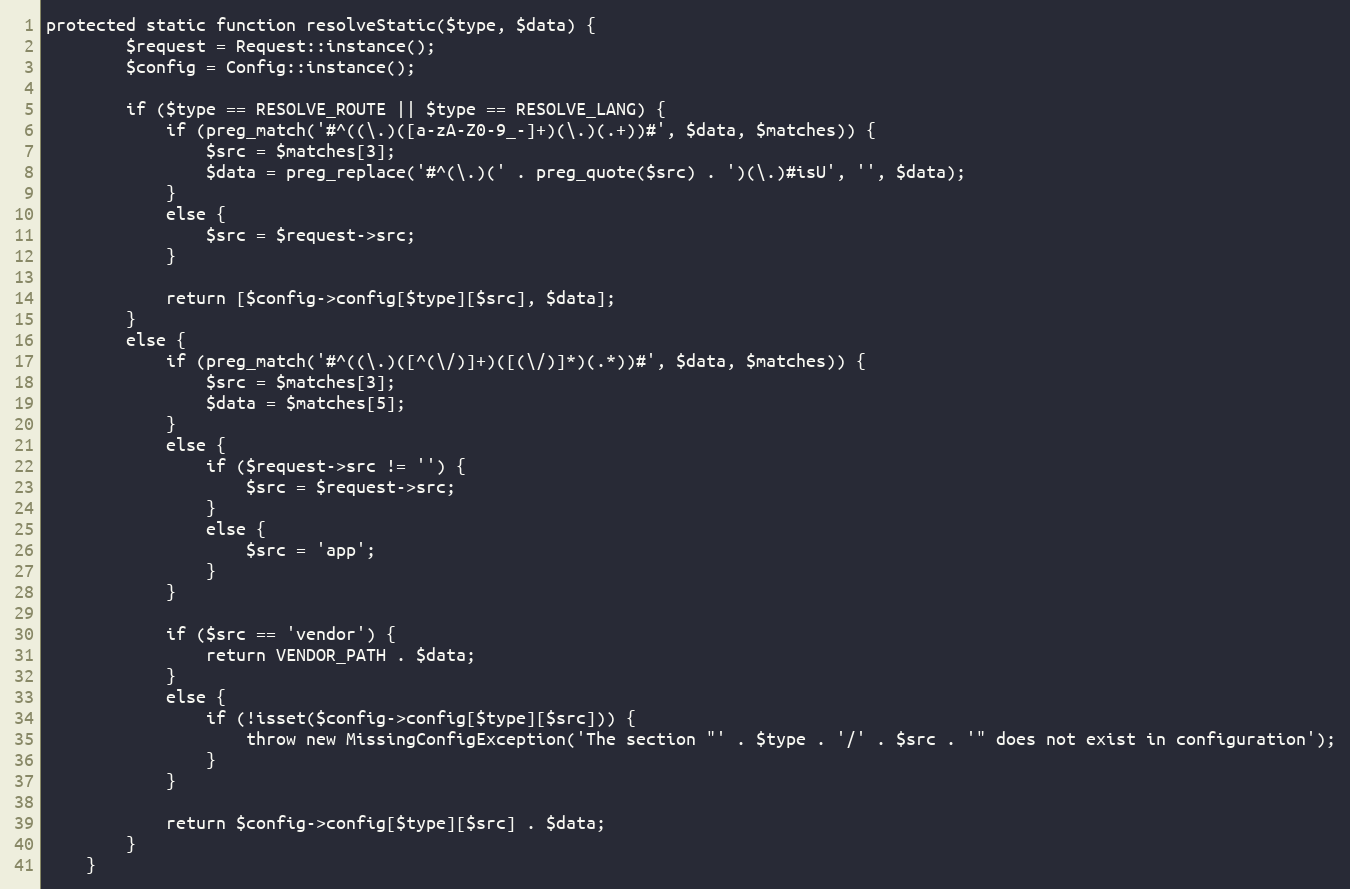
Language: PHP
protected static function resolveStatic($type, $data) {
        $request = Request::instance();
        $config = Config::instance();

        if ($type == RESOLVE_ROUTE || $type == RESOLVE_LANG) {
            if (preg_match('#^((\.)([a-zA-Z0-9_-]+)(\.)(.+))#', $data, $matches)) {
                $src = $matches[3];
                $data = preg_replace('#^(\.)(' . preg_quote($src) . ')(\.)#isU', '', $data);
            }
            else {
                $src = $request->src;
            }

            return [$config->config[$type][$src], $data];
        }
        else {
            if (preg_match('#^((\.)([^(\/)]+)([(\/)]*)(.*))#', $data, $matches)) {
                $src = $matches[3];
                $data = $matches[5];
            }
            else {
                if ($request->src != '') {
                    $src = $request->src;
                }
                else {
                    $src = 'app';
                }
            }

            if ($src == 'vendor') {
                return VENDOR_PATH . $data;
            }
            else {
                if (!isset($config->config[$type][$src])) {
                    throw new MissingConfigException('The section "' . $type . '/' . $src . '" does not exist in configuration');
                }
            }

            return $config->config[$type][$src] . $data;
        }
    }